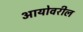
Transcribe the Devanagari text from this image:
आयोवरील